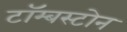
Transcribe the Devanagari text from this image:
टॉम्बस्टोन